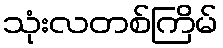
သုံးလတစ်ကြိမ်